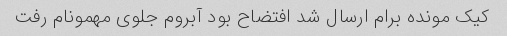
کیک مونده برام ارسال شد افتضاح بود آبروم جلوی مهمونام رفت